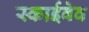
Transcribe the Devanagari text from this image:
स्काईवेव